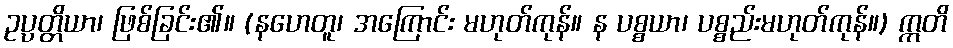
ဥပ္ပတ္တိယာ၊ ဖြစ်ခြင်း၏။ (နဟေတူ၊ အကြောင်း မဟုတ်ကုန်။ န ပစ္စယာ၊ ပစ္စည်းမဟုတ်ကုန်။) ဣတိ